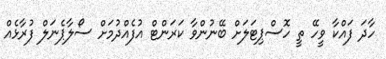
ހާދަ ފައްކާ ވީހޭ ތީ ހޮސްޕިޓަލަށް ބޭނުންވާ ކަރަންޓް އުފެއްދުމަށް ސޯލާޕެނަލް ފުރާޅެއް